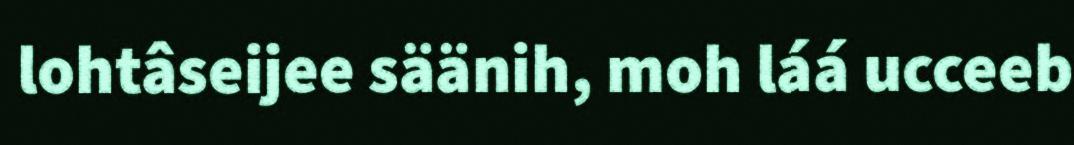
lohtâseijee säänih, moh láá ucceeb